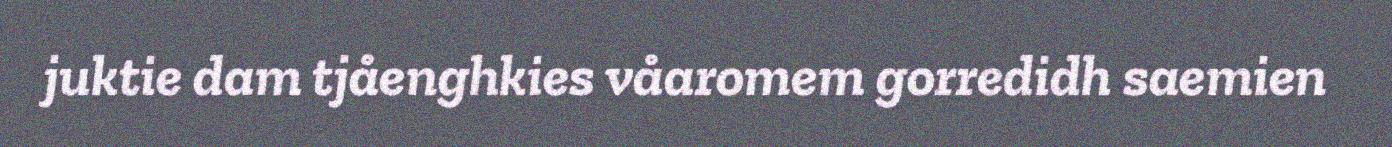
juktie dam tjåenghkies våaromem gorredidh saemien